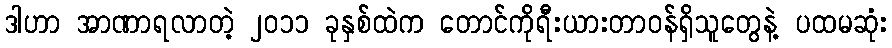
ဒါဟာ အာဏာရလာတဲ့ ၂၀၁၁ ခုနှစ်ထဲက တောင်ကိုရီးယားတာဝန်ရှိသူတွေနဲ့ ပထမဆုံး